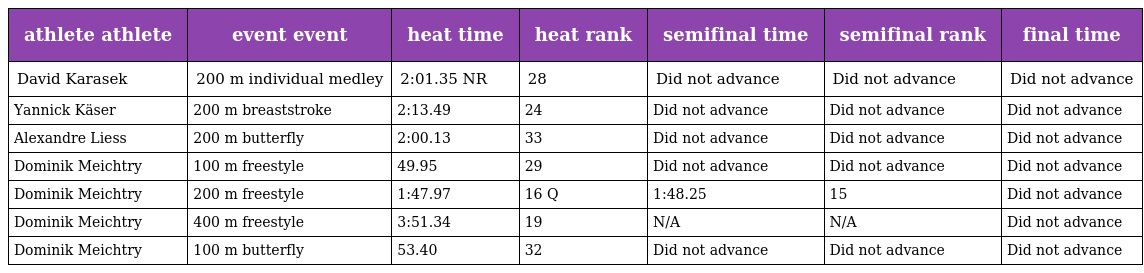
| athlete athlete | event event | heat time | heat rank | semifinal time | semifinal rank | final time |
 | --- | --- | --- | --- | --- | --- | --- |
 | David Karasek | 200 m individual medley | 2:01.35 NR | 28 | Did not advance | Did not advance | Did not advance |
 | Yannick Käser | 200 m breaststroke | 2:13.49 | 24 | Did not advance | Did not advance | Did not advance |
 | Alexandre Liess | 200 m butterfly | 2:00.13 | 33 | Did not advance | Did not advance | Did not advance |
 | Dominik Meichtry | 100 m freestyle | 49.95 | 29 | Did not advance | Did not advance | Did not advance |
 | Dominik Meichtry | 200 m freestyle | 1:47.97 | 16 Q | 1:48.25 | 15 | Did not advance |
 | Dominik Meichtry | 400 m freestyle | 3:51.34 | 19 | N/A | N/A | Did not advance |
 | Dominik Meichtry | 100 m butterfly | 53.40 | 32 | Did not advance | Did not advance | Did not advance |